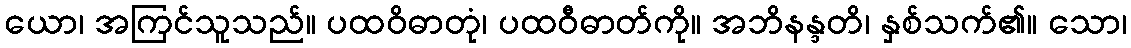
ယော၊ အကြင်သူသည်။ ပထဝိဓာတုံ၊ ပထဝီဓာတ်ကို။ အဘိနန္ဒတိ၊ နှစ်သက်၏။ သော၊